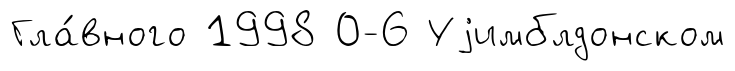
Гла́вного 1998 0-6 Уjимблдонском